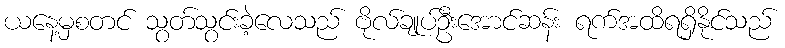
ယနေ့မှစတင် သွတ်သွင်းခဲ့လေသည် ဗိုလ်ချုပ်ဦးအောင်ဆန်း ရက်အထိရရှိနိုင်သည်